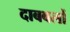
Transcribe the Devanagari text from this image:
दाबबलों